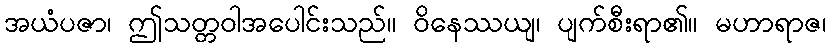
အယံပဇာ၊ ဤသတ္တဝါအပေါင်းသည်။ ဝိနေဿယျ၊ ပျက်စီးရာ၏။ မဟာရာဇ၊